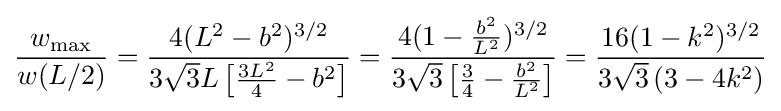
{\frac {w_{\mathrm {max} }}{w(L/2)}}={\frac {4(L^{2}-b^{2})^{3/2}}{3{\sqrt {3}}L\left[{\frac {3L^{2}}{4}}-b^{2}\right]}}={\frac {4(1-{\frac {b^{2}}{L^{2}}})^{3/2}}{3{\sqrt {3}}\left[{\frac {3}{4}}-{\frac {b^{2}}{L^{2}}}\right]}}={\frac {16(1-k^{2})^{3/2}}{3{\sqrt {3}}\left(3-4k^{2}\right)}}